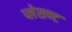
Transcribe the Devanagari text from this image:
प्लेसण्ट